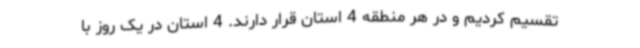
تقسیم کردیم و در هر منطقه 4 استان قرار دارند. 4 استان در یک روز با